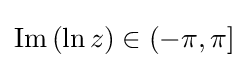
\operatorname {Im} \left(\ln z\right)\in (-\pi ,\pi ]